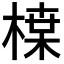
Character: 𭫏